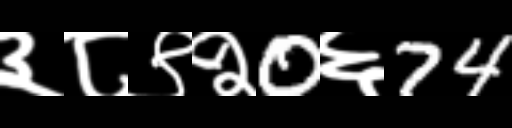
Text: ३८९२0६74